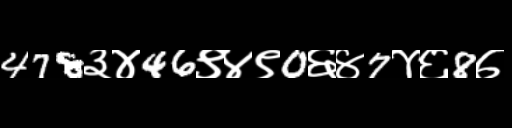
Text: 478३४46९४९0६४7४६8७